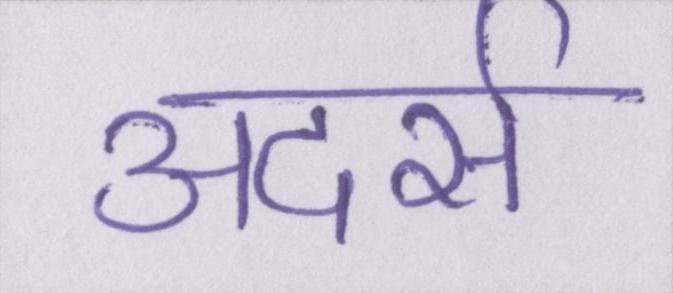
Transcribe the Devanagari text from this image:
अदर्स